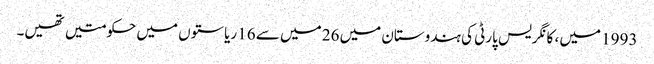
1993 میں ، کانگریس پارٹی کی ہندوستان میں 26 میں سے 16 ریاستوں میں حکومتیں تھیں۔